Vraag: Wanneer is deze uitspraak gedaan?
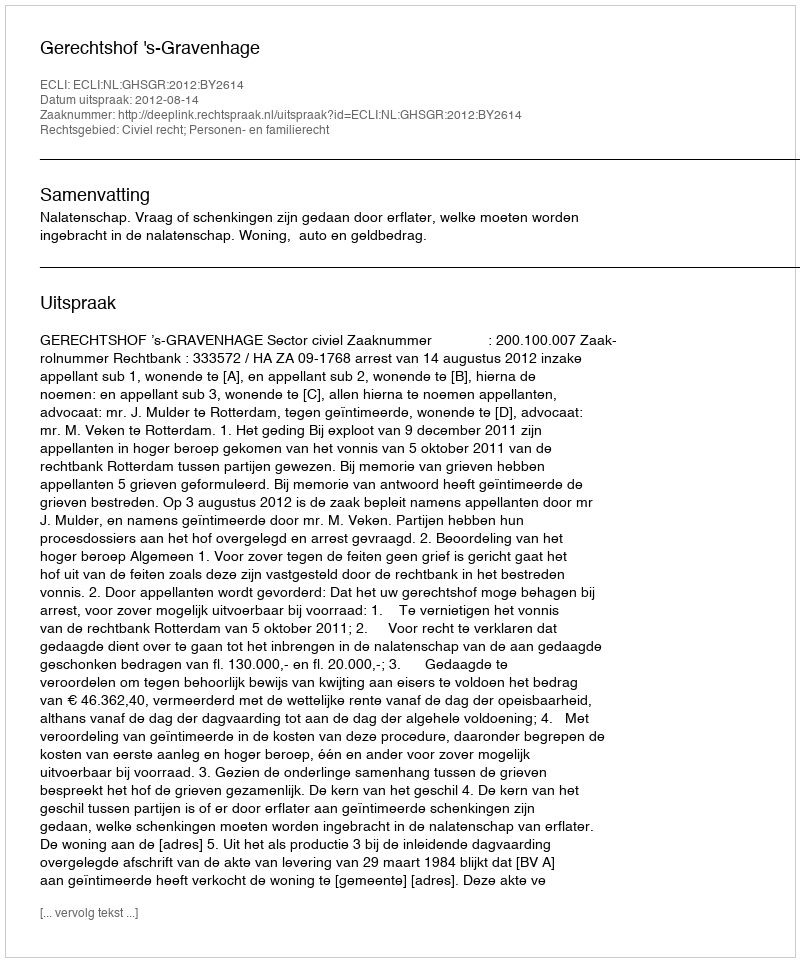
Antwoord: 2012-08-14